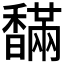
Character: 𩡙